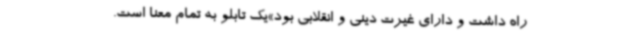
راه داشت و دارای غیرت دینی و انقلابی بود»یک تابلو به تمام معنا است.